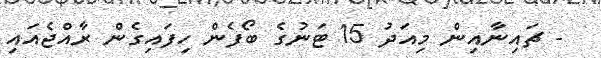
- ޗައިނާއިން މިއަދު 15 ޓަނުގެ ބޯފެން ހިފައިގެން ރާއްޖެއައި